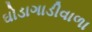
ઘોડાગાડીવાળા